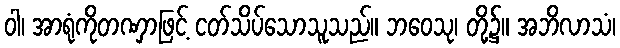
ဝါ၊ အာရုံကိုတဏှာဖြင့် ငတ်သိပ်သောသူသည်။ ဘဝေသု၊ တို့၌။ အဘိလာသံ၊